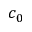
c _ { 0 }